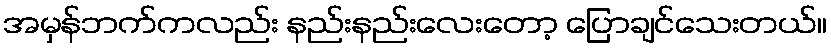
အမှန်ဘက်ကလည်း နည်းနည်းလေးတော့ ပြောချင်သေးတယ်။